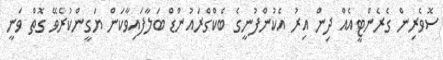
ސޮވެރިން ގެރެންޓީއެއް ދިން އިރު އެކުންފުނީގެ ބެކްގްރައުންޑް ބަލާފައިވާކަން ޔަގީންކުރެވޭ ގޮތް ވަނީ